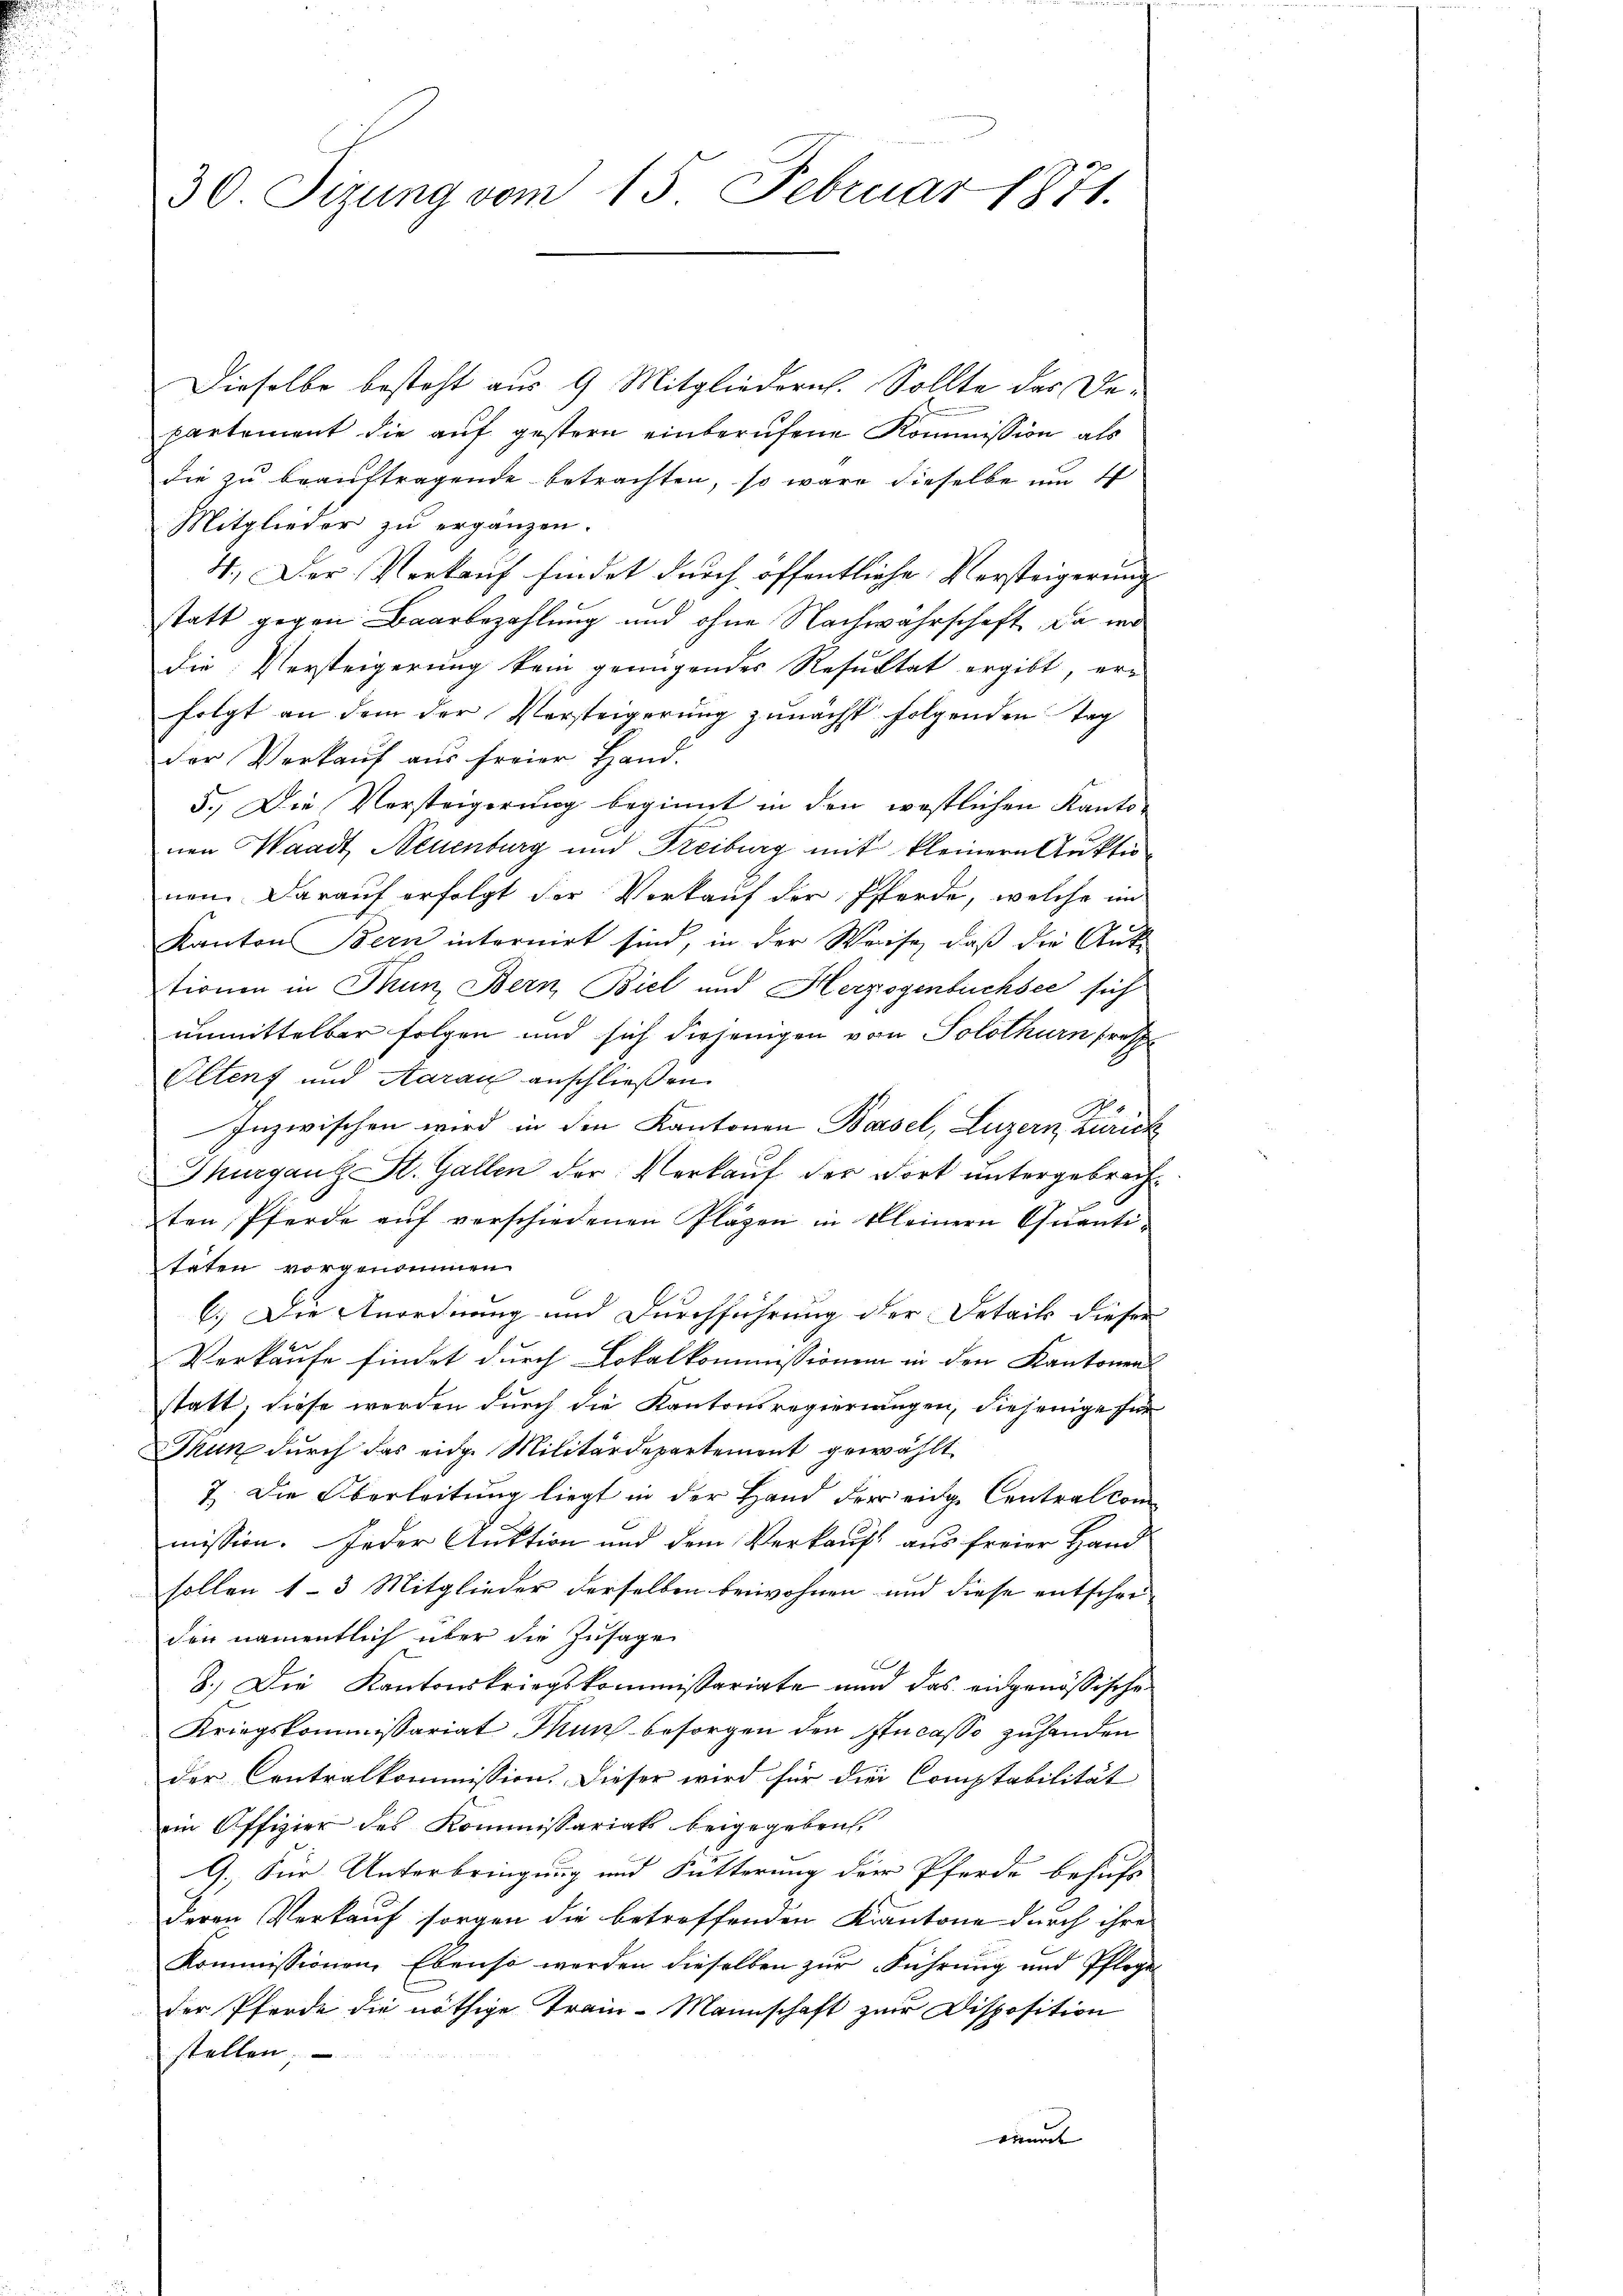
30 Sitzung vom 15. Februar 1871.

Dieselbe besteht aus 9 Mitgliedern. Sollte das Departement die auf gestern einberufene Kommission als
die zu beauftragende betrachten, so wäre dieselbe um 4
Mitglieder zu ergänzen.
4.) Der Verkauf findet durch öffentliche Versteigerung
statt gegen Baarbezahlung und ohne Nachwahrschaft, da wo
die Versteigerung kein genügendes Resultat ergibt, erfolgt an dem der Versteigerung zunächst folgenden Tag
der Verkauf aus freier Hand.
5.) Die Vorsteigerung beginnt in den westlichen Kanto-
nen Waadt, Neuenburg und Freiburg mit kleinern Auktio
nen Darauf erfolgt der Verkauf der Pferde, welche im
Kanton Bern internirt sind, in der Weise, daß die Ant
tionen in Thun, Bern Biel und Herzogenbüchsee sich
unmittelbar folgen und sich diejenigen von Solothurn fresse
Olten und Aarau anschließen
Inzwischen wird in den Kantonen Basel, Luzern, Zürich
Thurgaus St. Gallen der Verkauf der Dort untergebrachten Pferde aŭf verschiedenen Pläzen in kleinern Quanti-
täten vorgenommen
6.) Die Anordnung und Durchführung der Detaik dieser
Verkaufe findet durch Lokalkommissionen in den Kantonens
statt, diese werden durch die Kantonsregierungen, diejenige für
Thun durch das eidg. Militärdepartement gewählt
7. Die Oberleitung liegt in der Hand der eidge Centralkommission. Jeder Auktion und dem Verkauft aus freier Hand
sollen 1-3 Mitglieder derselben beiwohnen und diese entscheiden namentlich über die Zusage
.
8.) Die Kantonskriegskommissariate nun das eidgenössische
Kriegskommissariat. Man besorgen den Incasse zuhanden
der Contralkommission. Dieser wird für die Comptabilität
ein Offizier des Kommissariats beigegeben
9.) Für Unterbringung und Fütterung der Pferde behufs
Deren Verkauf sorgen die betreffenden Kantone durch ihre
Kommissionen. Ebenso werden dieselben zŭr Führŭng und Pflege
der Pferde die nöthige Train-Mannschaft zur Disposition
stellen,
eint |